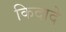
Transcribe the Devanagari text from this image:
किदादे